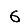
Digit: 6